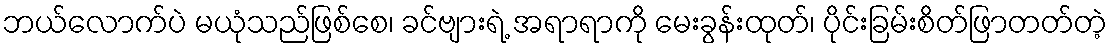
ဘယ်လောက်ပဲ မယုံသည်ဖြစ်စေ၊ ခင်ဗျားရဲ့ အရာရာကို မေးခွန်းထုတ်၊ ပိုင်းခြမ်းစိတ်ဖြာတတ်တဲ့